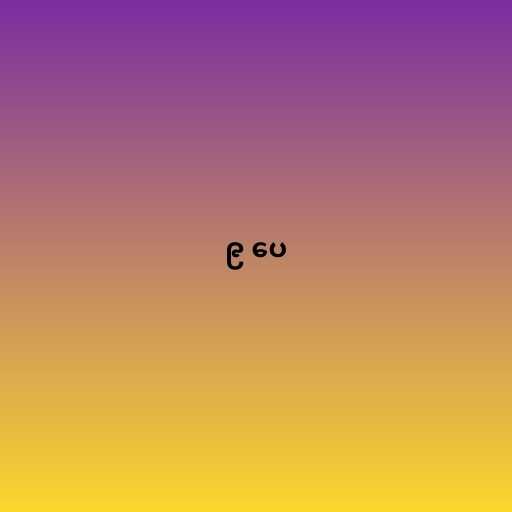
၉ ပေ